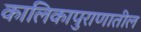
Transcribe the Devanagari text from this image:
कालिकापुराणातील